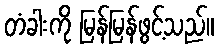
တံခါးကို မြန်မြန်ဖွင့်သည်။